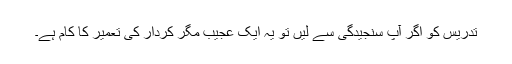
تدریس کو اگر آپ سنجیدگی سے لیں تو یہ ایک عجیب مگر کردار کی تعمیر کا کام ہے۔